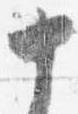
十